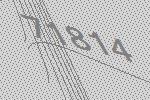
71814